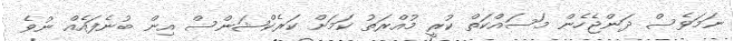
ނަމަވެސް ދަންޖެހެން މަސައްކަތް ކުރީ މުއްރަތު ކަމަށް ކަރެކްޝަންސް އިން ބުނެފައެއް ނުވެ